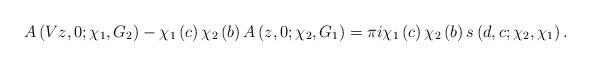
LaTeX: \begin{align*}A\left( Vz,0;\chi_{1},G_{2}\right) -\chi_{1}\left( c\right) \chi_{2}\left( b\right) A\left( z,0;\chi_{2},G_{1}\right) =\pi i\chi_{1}\left( c\right) \chi_{2}\left( b\right) s\left( d,c;\chi_{2},\chi_{1}\right) .\end{align*}